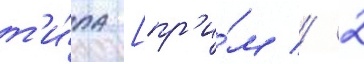
т'и́па [пр'и́м // 2